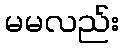
မမလည်း